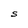
Character: S